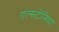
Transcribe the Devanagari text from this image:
एल्सटोनिया